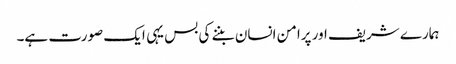
ہمارے شریف اور پرامن انسان بننے کی بس یہی ایک صورت ہے۔